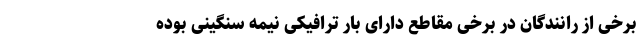
برخی از رانندگان در برخی مقاطع دارای بار ترافیکی نیمه سنگینی بوده